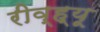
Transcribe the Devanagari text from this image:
रीव्ह्यू